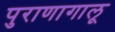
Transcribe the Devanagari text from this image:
पुराणागालू